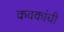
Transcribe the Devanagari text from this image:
कवकांची